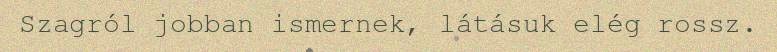
Szagról jobban ismernek, látásuk elég rossz.